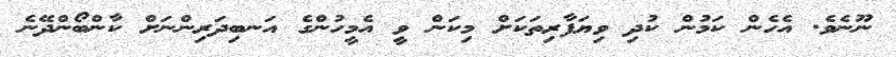
ނޫނެވެ. އެހެން ކަމުން ކުދި ވިޔަފާރިތަކަށް މިކަން ވީ އެމީހުންގެ އަނބިދަރިންނަށް ކާންބޯންދޭނެ